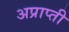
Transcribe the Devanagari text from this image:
अप्राप्ती